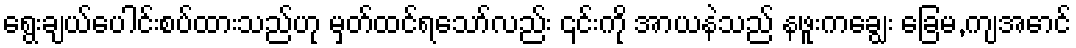
ရွေးချယ်ပေါင်းစပ်ထားသည်ဟု မှတ်ထင်ရသော်လည်း ၎င်းကို အာယနဲသည် နဖူးကချွေး ခြေမ,ကျအောင်